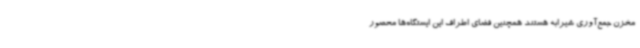
مخزن جمع‌آوری شیرابه هستند همچنین فضای اطراف این ایستگاه‌ها محصور